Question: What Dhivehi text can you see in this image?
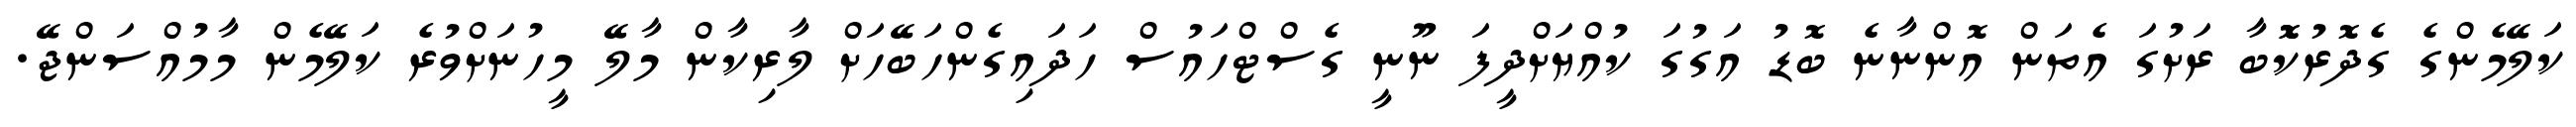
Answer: ކަލޭމެންގެ ގެދޮރުކޮޮބާ ރަށުގަ އެތަން އޮންނާނެ ބޮޑު އަގުގަ ކުއްޔަށްދީފަ ނޫނީ ގެސްޓްހައުސް ހަދައިގެންހަބޭހަށް ލާރިކާން މާލޭ މީހުނަށްވުރެ ކަލޭމެން މާމުއްސަންޖޭ.